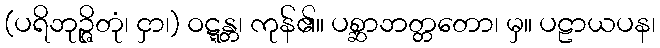
(ပရိဘုဉ္ဇိတုံ၊ ငှာ၊) ဝဋ္ဋန္တ၊ ကုန်၏။ ပစ္ဆာဘတ္တတော၊ မှ။ ပဠာယပန၊